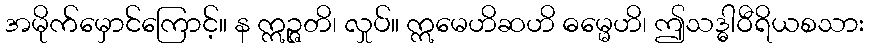
အမိုက်မှောင်ကြောင့်။ န ဣဉ္ဇတိ၊ လှုပ်။ ဣမေဟိဆဟိ ဓမ္မေဟိ၊ ဤသဒ္ဓါဝီရိယစသား